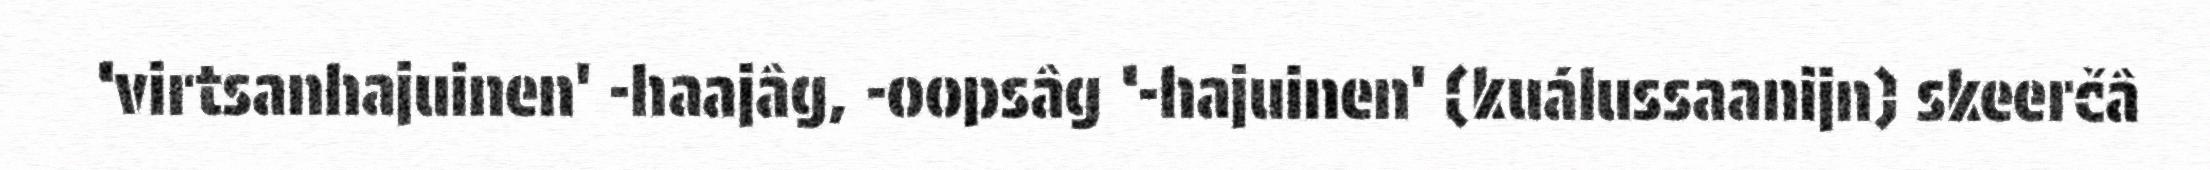
‘virtsanhajuinen' -haajâg, -oopsâg ‘-hajuinen' (kuálussaanijn) skeerčâ